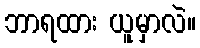
ဘာရထား ယူမှာလဲ။